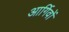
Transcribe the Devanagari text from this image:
आर्गिवों